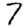
Digit: 7